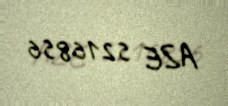
AZE 5216856